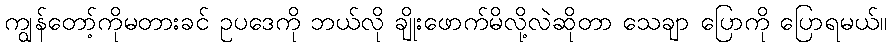
ကျွန်တော့်ကိုမတားခင် ဥပဒေကို ဘယ်လို ချိုးဖောက်မိလို့လဲဆိုတာ သေချာ ပြောကို ပြောရမယ်။